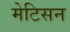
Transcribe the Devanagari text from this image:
मेटिसन